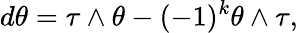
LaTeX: d\theta=\tau\wedge\theta-(-1)^{k}\theta\wedge\tau,